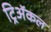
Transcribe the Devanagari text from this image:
ट्रिअॅकल